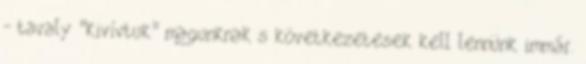
- tavaly "kivívtuk" magunknak s következetesek kell lennünk immár.